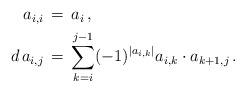
LaTeX: \begin{align*} \begin{aligned} a_{i,i}&\,=\, a_i\, ,\\ d\,a_{i,j}&\,=\, \sum\limits_{k=i}^{j-1} (-1)^{|a_{i,k}|}a_{i,k}\cdot a_{k+1,j}\, . \end{aligned} \end{align*}